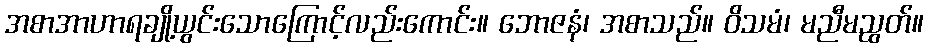
အစာအာဟာရချို့ယွင်းသောကြောင့်လည်းကောင်း။ ဘောဇနံ၊ အစာသည်။ ဝိသမံ၊ မညီမညွတ်။